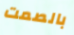
بالصمت